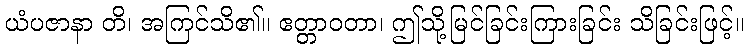
ယံပဇာနာ တိ၊ အကြင်သိ၏။ ဧတ္တာဝတာ၊ ဤသို့မြင်ခြင်းကြားခြင်း သိခြင်းဖြင့်။